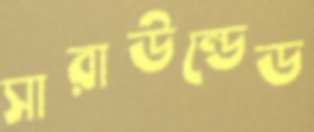
সারাউন্ডেড